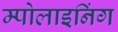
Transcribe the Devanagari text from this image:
म्पोलाइनिंग